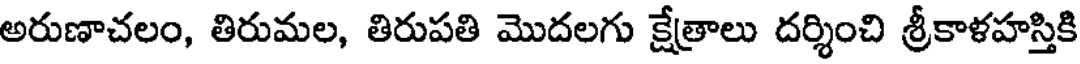
అరుణాచలం, తిరుమల, తిరుపతి మొదలగు క్షేత్రాలు దర్శించి శ్రీకాళహస్తికి